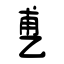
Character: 乶